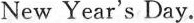
New Year’s Day.